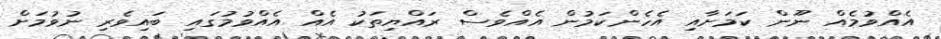
އެއްވުމެއް ނޫން ކަމަށާއި އެހެންކަމުން އެއްވެސް ރައްޔިތަކު އެއް އެއްވުމުގައި ބައިވެރި ނުވުމަށް